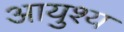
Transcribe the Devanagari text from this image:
आयुश्य